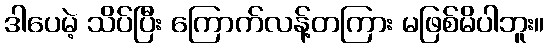
ဒါပေမဲ့ သိပ်ပြီး ကြောက်လန့်တကြား မဖြစ်မိပါဘူး။